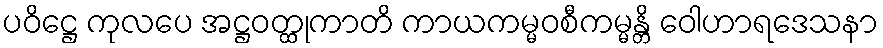
ပဝိဋ္ဌေ ကုလပေ အဋ္ဌဝတ္ထုကာတိ ကာယကမ္မဝစီကမ္မန္တိ ဝေါဟာရဒေသနာ